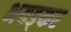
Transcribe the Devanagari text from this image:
भयङ्कर